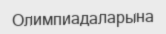
Олимпиадаларына